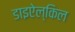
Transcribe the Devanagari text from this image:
डाइऐल्किल